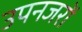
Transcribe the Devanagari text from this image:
उपनजरों